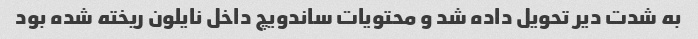
به شدت دیر تحویل داده شد و محتویات ساندویچ داخل نایلون ریخته شده بود